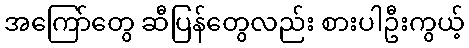
အကြော်တွေ ဆီပြန်တွေလည်း စားပါဦးကွယ့်